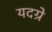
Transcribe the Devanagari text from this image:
यदग्रे